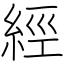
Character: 經